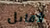
لأقابل